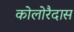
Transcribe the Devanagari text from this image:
कोलोरैदास